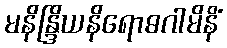
မနိန္ဒြိယနိရောဓဂါမိနိံ